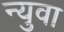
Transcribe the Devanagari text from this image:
न्युवा